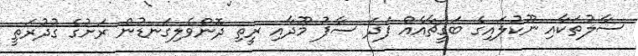
ސާލުތަކާއި ނޫކުލައިގެ ބަގީޗާއެއް ފަދަ ސާފު މޫދާއި ރީތި ދޮންވެލިގަނޑުން ރަށުގެ ގުދުރަތީ